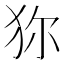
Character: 狝